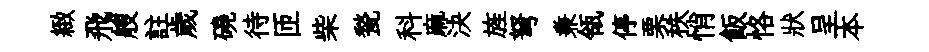
緻飛艘註歲磽待匝柴甃科麻決旌弩兼瓴停栗秩悄飯恪狀呈本